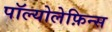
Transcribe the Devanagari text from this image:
पॉल्योलेफ़िन्स